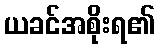
ယခင်အစိုးရ၏